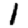
Digit: 1